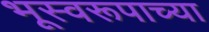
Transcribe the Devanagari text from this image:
भूस्वरूपाच्या